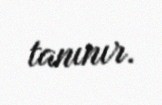
tanınır.